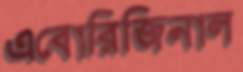
এবোরিজিনাল